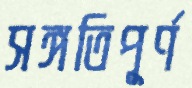
সঙ্গতিপূর্ণ